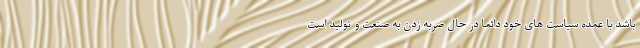
باشد با عمده سیاست های خود دائما در حال ضربه زدن به صنعت و تولید است